On the standardisation of anti-typhoid vaccine - Number 21
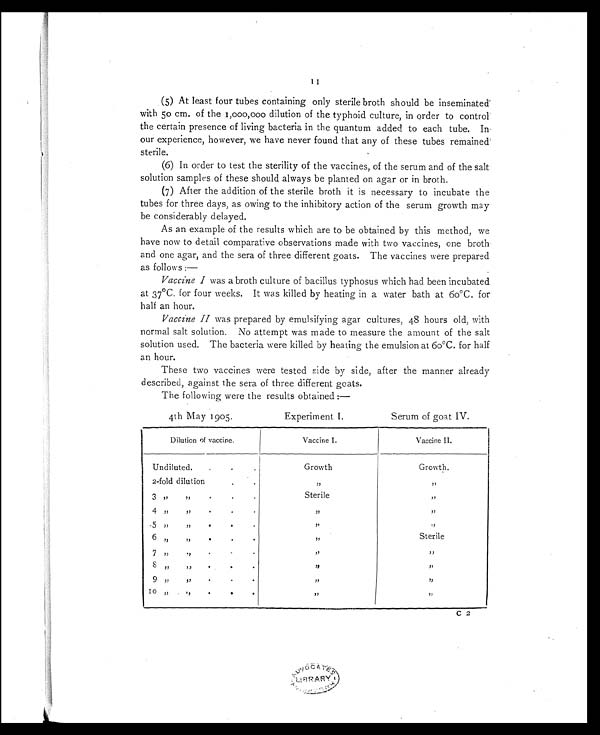
( 5 ) A t l e a s t f o u r t u b e s c o n t a i n i n g o n l y s t e r i l e b r o t h s h o u l d b e i n s e m i n a t e d
with 50 cm. of the 1,000,000 dilution of the typhoid culture, in order to control
the certain presence of living bacteria in the quantum added to each tube. In
our experience, however, we have never found that any of these tubes remained
sterile.
( 6 ) I n o r d e r t o t e s t t h e s t e r i l i t y o f t h e v a c c i n e s , o f t h e s e r u m a n d o f t h e s a l t
solution samples of these should always be planted on agar or in broth.
( 7 ) A f t e r t h e a d d i t i o n o f t h e s t e r i l e b r o t h i t i s n e c e s s a r y t o i n c u b a t e t h e
tubes for three days, as owing to the inhibitory action of the serum growth may
be considerably delayed.
As an example of the results which are to be obtained by this method, we
have now to detail comparative observations made with two vaccines, one broth
and one agar, and the sera of three different goats. The vaccines were prepared
as follows
: —
Vaccine I was a broth culture of bacillus typhosus which had been incubated
at 37°C. for four weeks. It was killed by heating in a water bath at 6o°C. for
half an hour.
Vaccine II was prepared by emulsifying agar cultures, 48 hours old, with
normal salt solution. No attempt was made to measure the amount of the salt
solution used. The bacteria were killed by heating the emulsion at 60°C. for half
an hour.
These two vaccines were tested side by side, after the manner already
described, against the sera of three different goats.
The following were the results obtained:—
4th May 1905. Experiment I. Serum of goat IV.
Dilution of vaccine.
Vaccine I.
Vaccine II.
Undiluted
Growth. Growth.
2-fold dilution
.
.
, ,
, ,
3 ,, ,,
.
.
.
Sterile
, ,
.
4 ,,
,,
.
, ,
, ,
5 ,, 7)
a
.
.
, ,
, ,
6 ,,
,,
.
.
, ,
Sterile
7 ,,
.,
.
.
.
, ,
, ,
8
,,.
.
.
, ,
,,
9 ,,
)7
.
, ,
, ,
1 0
, ,
, ,
.
, ,
, ,
C 2